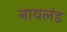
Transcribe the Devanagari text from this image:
नायलंड